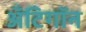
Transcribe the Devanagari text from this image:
अँटिगॉन